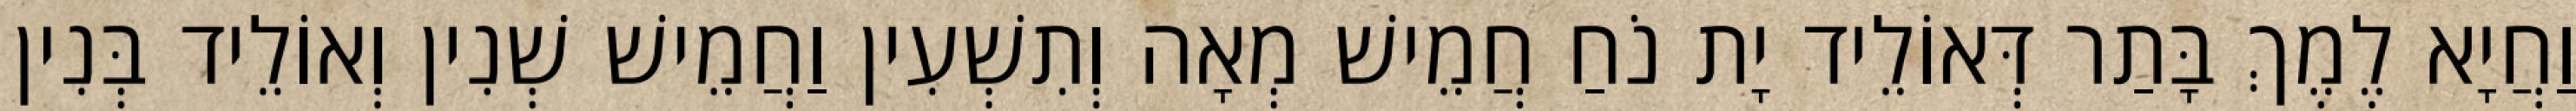
וַחֲיָא לֶמֶךְ בָּתַר דְּאוֹלֵיד יָת נֹחַ חֲמֵישׁ מְאָה וְתִשְׁעִין וַחֲמֵישׁ שְׁנִין וְאוֹלֵיד בְּנִין